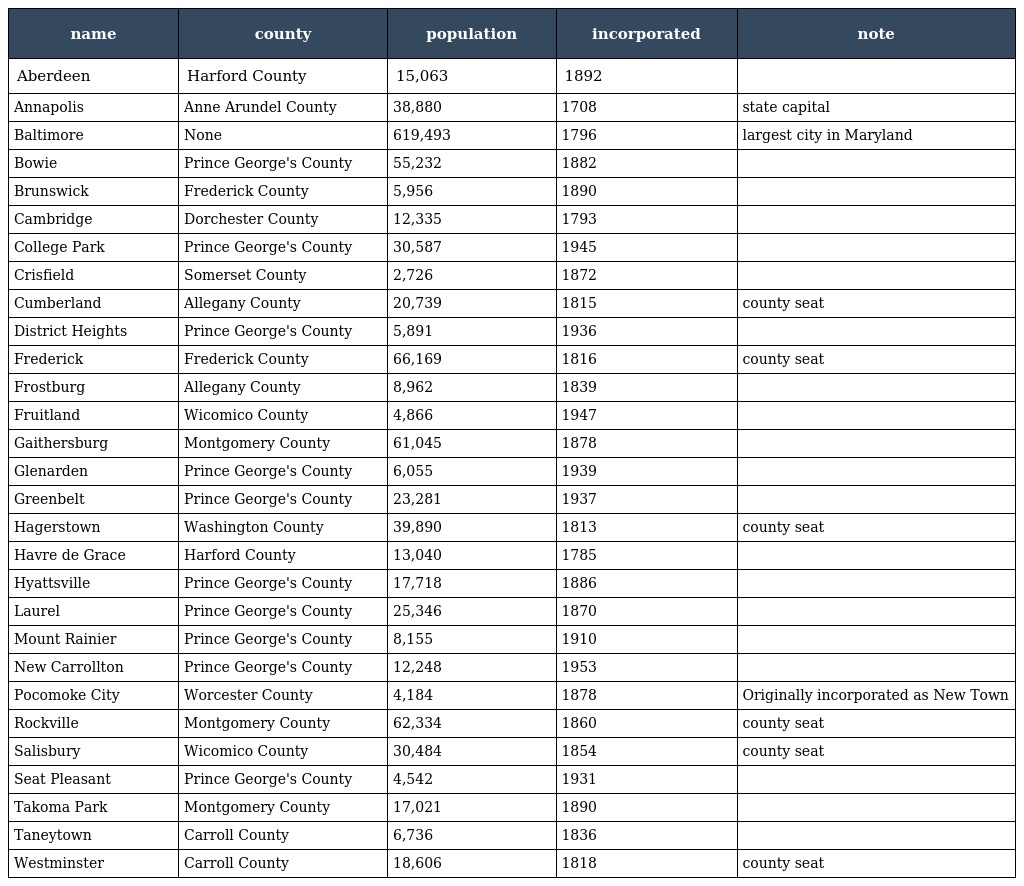
| name | county | population | incorporated | note |
 | --- | --- | --- | --- | --- |
 | Aberdeen | Harford County | 15,063 | 1892 |  |
 | Annapolis | Anne Arundel County | 38,880 | 1708 | state capital |
 | Baltimore | None | 619,493 | 1796 | largest city in Maryland |
 | Bowie | Prince George's County | 55,232 | 1882 |  |
 | Brunswick | Frederick County | 5,956 | 1890 |  |
 | Cambridge | Dorchester County | 12,335 | 1793 |  |
 | College Park | Prince George's County | 30,587 | 1945 |  |
 | Crisfield | Somerset County | 2,726 | 1872 |  |
 | Cumberland | Allegany County | 20,739 | 1815 | county seat |
 | District Heights | Prince George's County | 5,891 | 1936 |  |
 | Frederick | Frederick County | 66,169 | 1816 | county seat |
 | Frostburg | Allegany County | 8,962 | 1839 |  |
 | Fruitland | Wicomico County | 4,866 | 1947 |  |
 | Gaithersburg | Montgomery County | 61,045 | 1878 |  |
 | Glenarden | Prince George's County | 6,055 | 1939 |  |
 | Greenbelt | Prince George's County | 23,281 | 1937 |  |
 | Hagerstown | Washington County | 39,890 | 1813 | county seat |
 | Havre de Grace | Harford County | 13,040 | 1785 |  |
 | Hyattsville | Prince George's County | 17,718 | 1886 |  |
 | Laurel | Prince George's County | 25,346 | 1870 |  |
 | Mount Rainier | Prince George's County | 8,155 | 1910 |  |
 | New Carrollton | Prince George's County | 12,248 | 1953 |  |
 | Pocomoke City | Worcester County | 4,184 | 1878 | Originally incorporated as New Town |
 | Rockville | Montgomery County | 62,334 | 1860 | county seat |
 | Salisbury | Wicomico County | 30,484 | 1854 | county seat |
 | Seat Pleasant | Prince George's County | 4,542 | 1931 |  |
 | Takoma Park | Montgomery County | 17,021 | 1890 |  |
 | Taneytown | Carroll County | 6,736 | 1836 |  |
 | Westminster | Carroll County | 18,606 | 1818 | county seat |